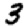
Digit: 3